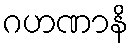
ဂဟဏာနိ